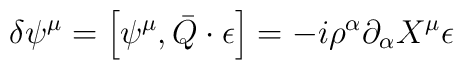
\delta \psi^{\mu} = \left [ \psi^{\mu}, \bar{Q} \cdot \epsilon \right] = -i \rho^{\alpha} \partial_{\alpha} X^{\mu} \epsilon